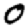
Digit: 0